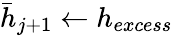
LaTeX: \bar{h}_{j+1}\leftarrow h_{excess}